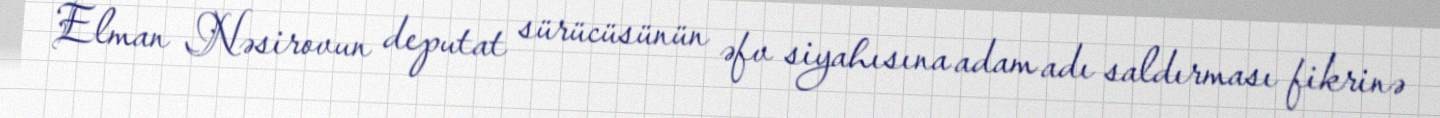
Elman Nəsirovun deputat sürücüsünün əfv siyahısına adam adı saldırması fikrinə